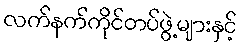
လက်နက်ကိုင်တပ်ဖွဲ့များနှင့်